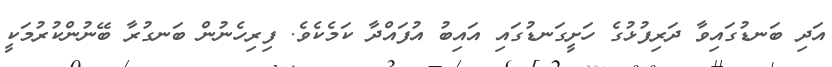
އަދި ބަނޑުގައިވާ ދަރިފުޅުގެ ހަށީގަނޑުގައި އައިބު އުފައްދާ ކަމެކެވެ. ފިރިހެނުން ބަނގުރާ ބޭނުންކުރުމަކީ